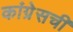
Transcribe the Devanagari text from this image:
कांग्रेसची